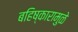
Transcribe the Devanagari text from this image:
बहिष्कारामुळे